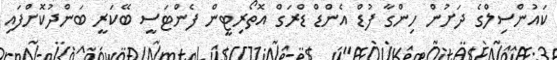
ކައުންސިލްގެ ދަށުން ހިންގާ ފުޑް އެންޑް ޑްރަގް އޮތޯރިޓީން ފެންޓަސީ ބޭކަރީ ބަންދުކޮށްފައި